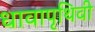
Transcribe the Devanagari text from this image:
धावापृथिवी